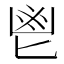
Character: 鬯